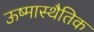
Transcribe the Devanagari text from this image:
ऊष्मास्थैतिक